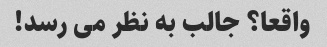
واقعا؟ جالب به نظر می رسد!